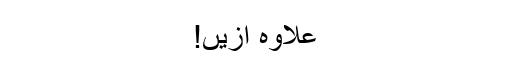
علاوہ ازیں!